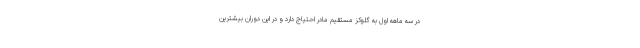
در سه ماهه اول به گلوکز مستقیم مادر احتیاج دارد و در این دوران بیشترین